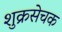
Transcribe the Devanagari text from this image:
शुक्रसेचक